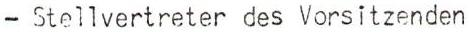
- Stellvertreter des Vorsitzenden